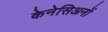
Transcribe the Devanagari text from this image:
केनेसिअनों